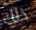
ذلك